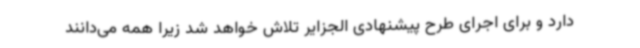
دارد و برای اجرای طرح پیشنهادی الجزایر تلاش خواهد شد زیرا همه می‌دانند